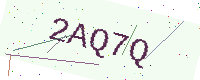
Text: 2AQ7Q